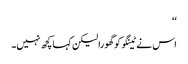
‘‘
اس نے ٹینگو کو گھورا لیکن کہا کچھ نہیں۔